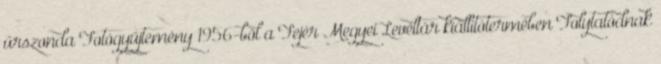
űrszonda Fotógyűjtemény 1956-ból a Fejér Megyei Levéltár kiállítótermében Folytatódnak